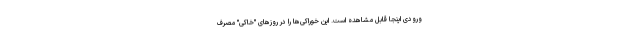
ورودی اینجا قابل مشاهده است. این خوراکی‌ها را در روزهای "خاکی" مصرف